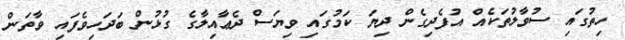
ހިތުގައި ސުވާލުތަކެއް އުފެދިގެން ދިޔަ ކަމުގައި ވިޔަސް ދެޢާއިލާގެ ގުޅުން ބަދަހިވެފައި ވާތަން